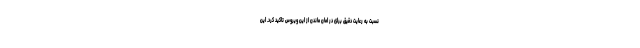
نسبت به رعایت دقیق برای در امان ماندن از این ویروس تاکید کرد. این